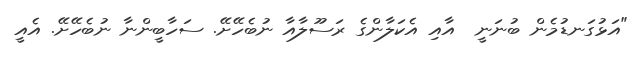
"އަޅުގަނޑުމެން ބުނަނީ  އާއި އެކަލާންގެ ރަސޫލާއާ ނުބެހޭށޭ. ސަހާބީންނާ ނުބެހޭށޭ. އެއީ